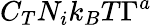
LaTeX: C_{T}N_{i}k_{B}T\Gamma^{a}